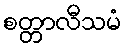
စတ္တာလီသမံ